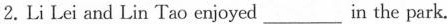
2.Li Lei and Lin Tao enjoyed___in the park.